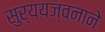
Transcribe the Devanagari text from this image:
सुर्ययज्वनाने